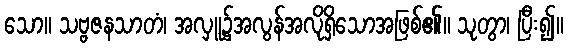
သော။ သဗ္ဗဇနသာတံ၊ အလှူ၌အလွန်အလိုရှိသောအဖြစ်၏။ သုတွာ၊ ပြီး၍။